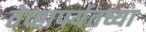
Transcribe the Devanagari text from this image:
तेव्हापर्यतच्या